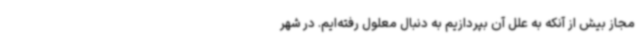
مجاز بیش از آنکه به علل آن بپردازیم به دنبال معلول رفته‌ایم. در شهر